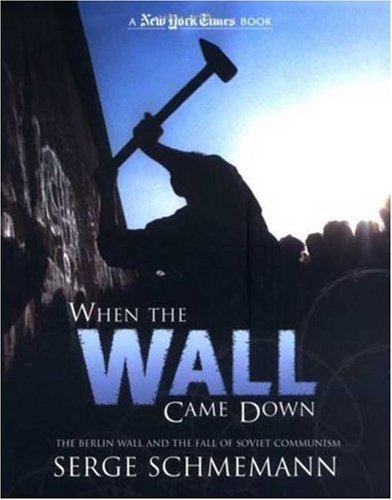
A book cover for New York Times When the Wall Came Down: The Berlin Wall and the Fall of Soviet Communism; Serge Schmemann; Children's Books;